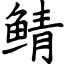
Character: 鲭